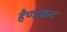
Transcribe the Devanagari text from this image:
हैण्डकट